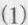
(1)